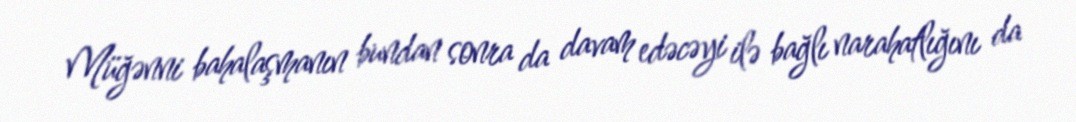
Müğənni bahalaşmanın bundan sonra da davam edəcəyi ilə bağlı narahatlığını da